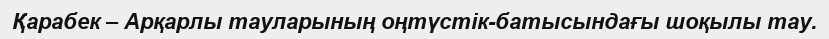
Қарабек – Арқарлы тауларының оңтүстік-батысындағы шоқылы тау.